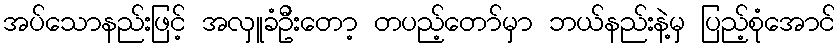
အပ်သောနည်းဖြင့် အလှူခံဦးတော့ တပည့်တော်မှာ ဘယ်နည်းနဲ့မှ ပြည့်စုံအောင်